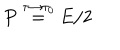
\frac { P \buildrel { \tau \to \tau _ { 0 } } } { = E / 2 }